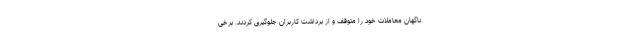
ناگهان معاملات خود را متوقف و از برداشت‌ کاربران جلوگیری کردند. برخی